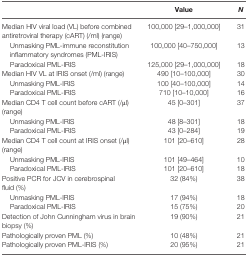
|  | Value | N |
 | --- | --- | --- |
 | Median HIV viral load (VL) before combined antiretroviral therapy (cART) (/ml) (range) | 100,000 [29–1,000,000] | 31 |
 | Unmasking PML-immune reconstitution inflammatory syndromes (PML-IRIS) | 100,000 [40–750,000] | 13 |
 | Paradoxical PML-IRIS | 125,000 [29–1,000,000] | 18 |
 | Median HIV VL at IRIS onset (/ml) (range) | 490 [10–100,000] | 30 |
 | Unmasking PML-IRIS | 100 [40–100,000] | 14 |
 | Paradoxical PML-IRIS | 710 [10–10,000] | 16 |
 | Median CD4 T cell count before cART (/μl) (range) | 45 [0–301] | 37 |
 | Unmasking PML-IRIS | 48 [8–301] | 18 |
 | Paradoxical PML-IRIS | 43 [0–284] | 19 |
 | Median CD4 T cell count at IRIS onset (/μl) (range) | 101 [20–610] | 28 |
 | Unmasking PML-IRIS | 101 [49–464] | 10 |
 | Paradoxical PML-IRIS | 101 [20–610] | 18 |
 | Positive PCR for JCV in cerebrospinal fluid (%) | 32 (84%) | 38 |
 | Unmasking PML-IRIS | 17 (94%) | 18 |
 | Paradoxical PML-IRIS | 15 (75%) | 20 |
 | Detection of John Cunningham virus in brain biopsy (%) | 19 (90%) | 21 |
 | Pathologically proven PML (%) | 10 (48%) | 21 |
 | Pathologically proven PML-IRIS (%) | 20 (95%) | 21 |